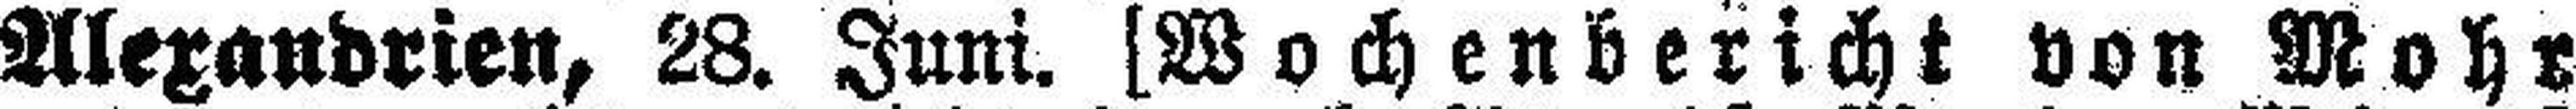
Alexandrien, 28. Juni. [Wochenbericht von Mohr